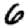
Digit: 6